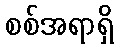
စစ်အရာရှိ